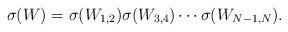
LaTeX: \begin{align*}\sigma(W) = \sigma(W_{1,2})\sigma(W_{3,4})\cdots \sigma(W_{N-1,N}).\end{align*}